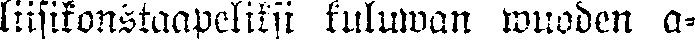
liisikonstaapeliksi kuluwan wuoden a-